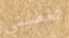
تغضبني